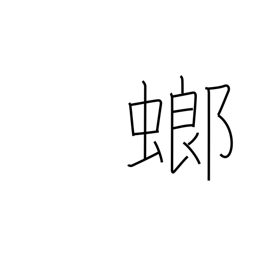
Meaning: mantis